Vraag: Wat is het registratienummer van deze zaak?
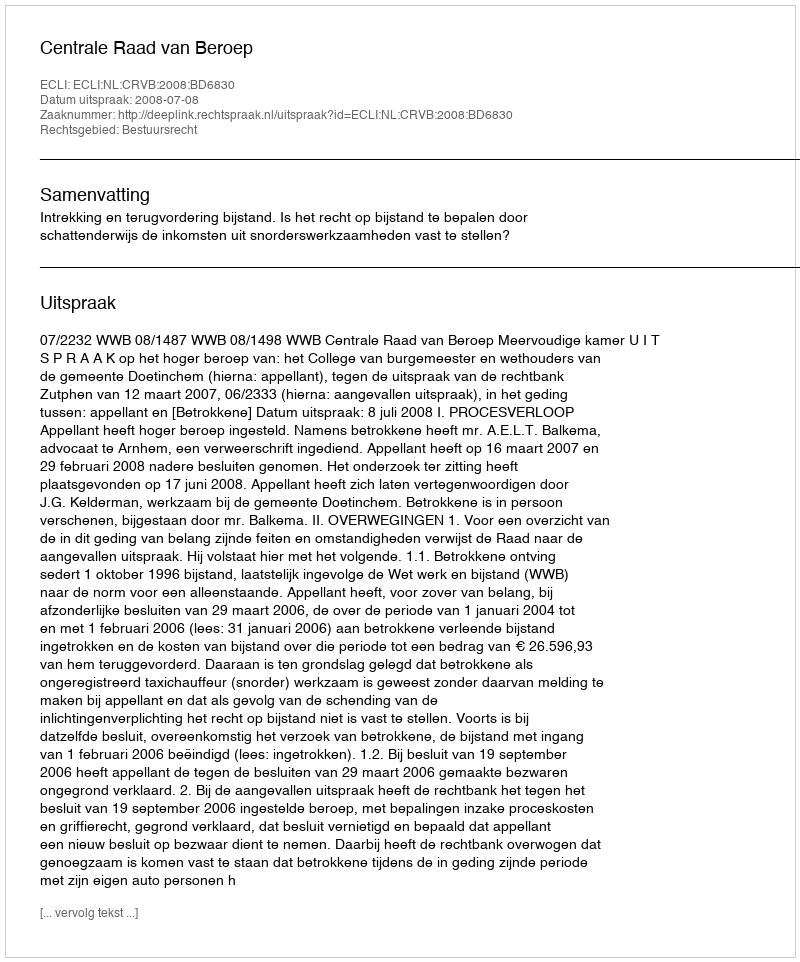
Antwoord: http://deeplink.rechtspraak.nl/uitspraak?id=ECLI:NL:CRVB:2008:BD6830